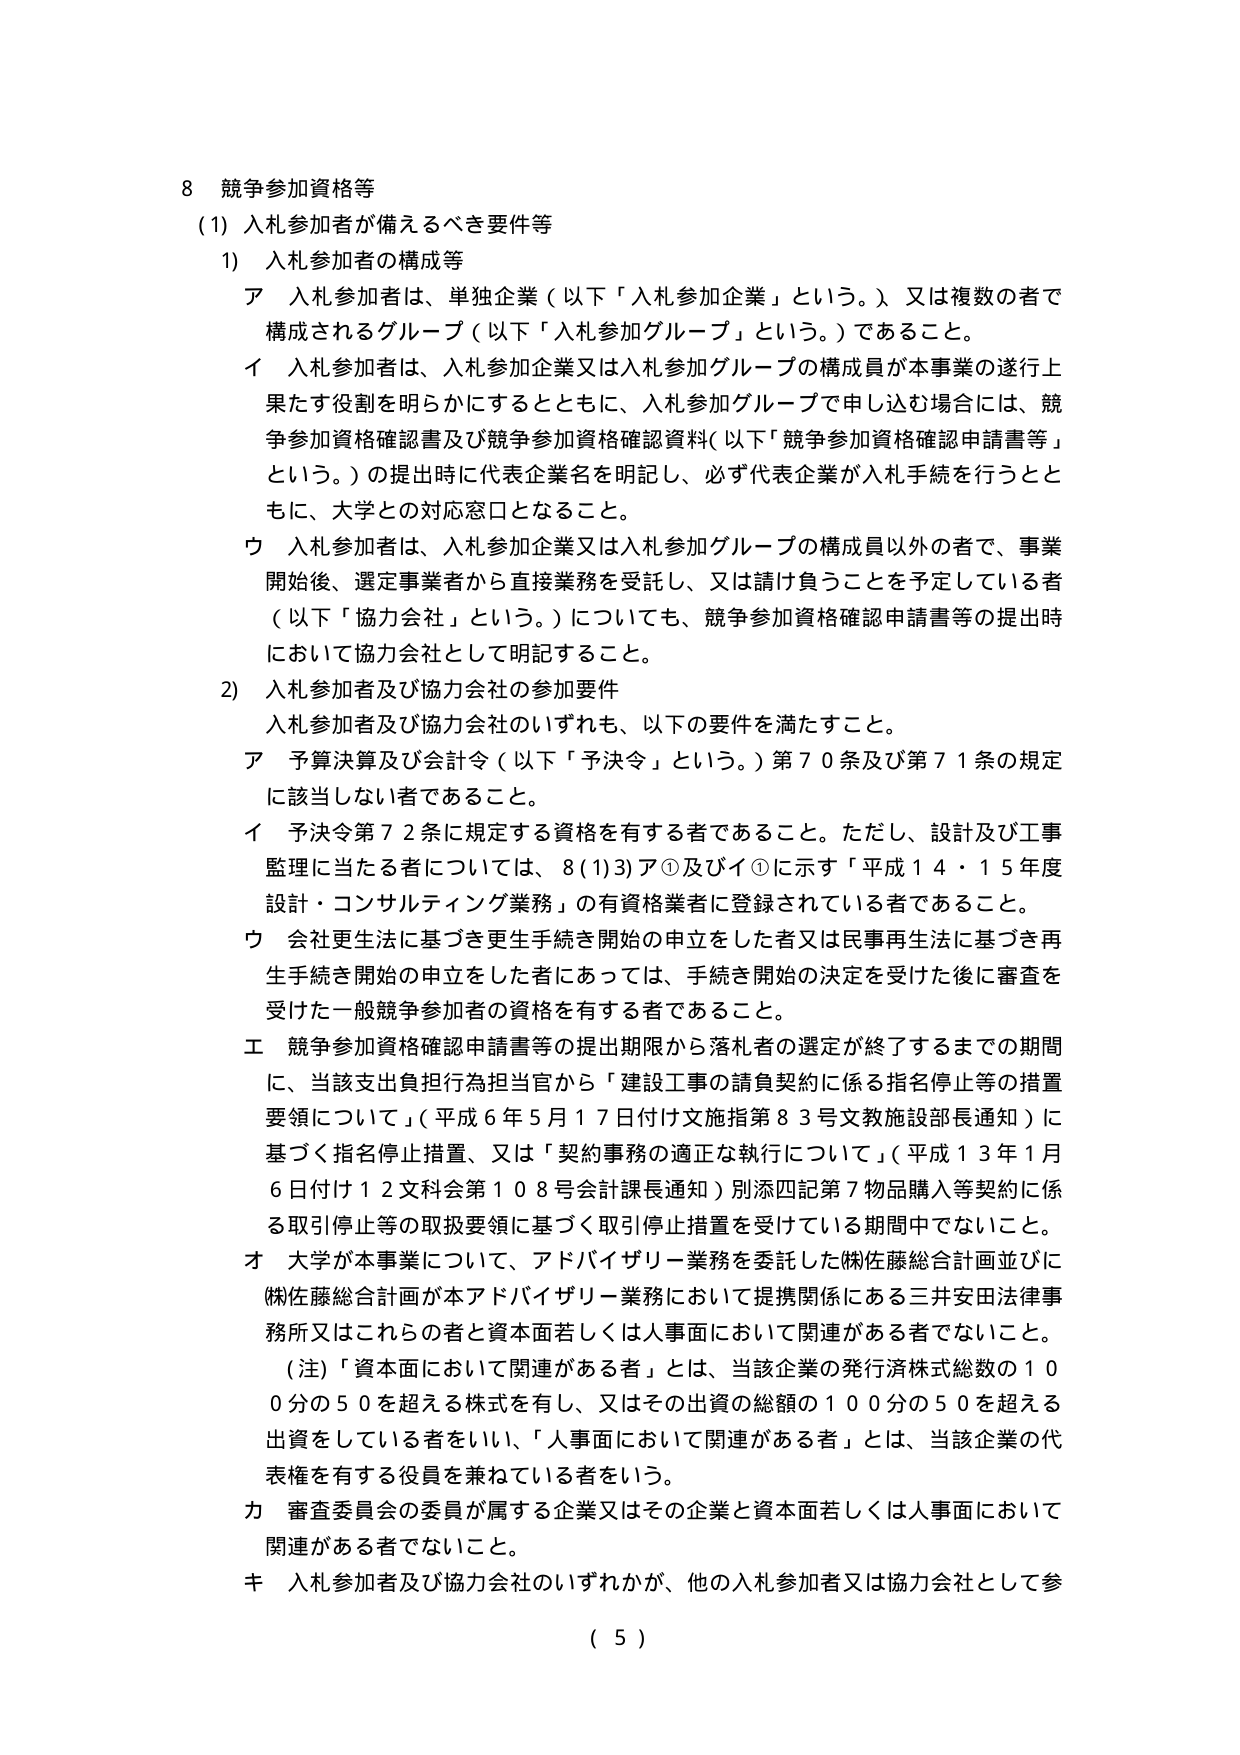
8 競争参加資格等
(1) 入札参加者が備えるべき要件等
1) 入札参加者の構成等
ア 入札参加者は、単独企業（以下「入札参加企業」という。）又は複数の者で構成されるグループ（以下「入札参加グループ」という。）であること。
イ 入札参加者は、入札参加企業又は入札参加グループの構成員が本事業の遂行上果たす役割を明らかにするとともに、入札参加グループで申し込む場合には、競争参加資格確認書及び競争参加資格確認資料（以下「競争参加資格確認申請書等」という。）の提出時に代表企業名を明記し、必ず代表企業が入札手続を行うとともに、大学との対応窓口となること。
ウ 入札参加者は、入札参加企業又は入札参加グループの構成員以外の者で、事業開始後、選定事業者から直接業務を受託し、又は請け負うことを予定している者（以下「協力会社」という。）についても、競争参加資格確認申請書等の提出時において協力会社として明記すること。
2) 入札参加者及び協力会社の参加要件
入札参加者及び協力会社のいずれも、以下の要件を満たすこと。
ア 予算決算及び会計（以下「予決令」という。）第70条及び第71条の規定に該当しない者であること。
イ 予決令第72条に規定する資格を有する者であること。ただし、設計及び工事監理に当たる者については、8(1)3)ア①及びイ①に示す「平成14・15年度設計・コンサルティング業務」の有資格業者に登録されている者であること。
ウ 会社更生法に基づき更生手続き開始の申立をした者又は民事再生法に基づき再生手続き開始の申立をした者にあっては、手続き開始の決定を受けた後に審査を受けた一般競争参加者の資格を有する者であること。
エ 競争参加資格確認申請書等の提出期限から落札者の選定が終了するまでの期間に、当該支出負担行為担当官から「建設工事の請負契約に係る指名停止等の措置要領について」（平成6年5月17日付け文施指第83号文教施設部長通知）に基づく指名停止措置、又は「契約事務の適正な執行について」（平成13年1月6日付け12文科会第108号会計課長通知）別添四記第7物品購入等契約に係る取引停止等の取扱要領に基づく取引停止措置を受けている期間中でないこと。
オ 大学が本事業について、アドバイザリー業務を委託した㈱佐藤総合計画並びに㈱佐藤総合計画が本アドバイザリー業務において提携関係にある三井安田法律事務所又はこれらの者と資本面若しくは人事面において関連がある者でないこと。
（注）「資本面において関連がある者」とは、当該企業の発行済株式総数の100分の50を超える株式を有し、又はその出資の総額の100分の50を超える出資をしている者をいい、「人事面において関連がある者」とは、当該企業の代表権を有する役員を兼ねている者をいう。
カ 審査委員会の委員が属する企業又はその企業と資本面若しくは人事面において関連がある者でないこと。
キ 入札参加者及び協力会社のいずれかが、他の入札参加者又は協力会社として参
（ 5 ）